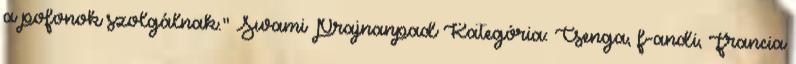
a pofonok szolgálnak." Swami Prajnanpad Kategória: Csenga, f-andi, Francia